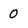
Character: 0